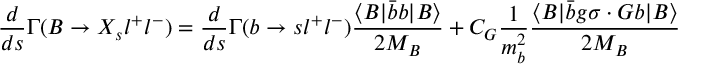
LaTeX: \frac { d } { d s } \Gamma ( B \to X _ { s } l ^ { + } l ^ { - } ) = \frac { d } { d s } \Gamma ( b \to s l ^ { + } l ^ { - } ) \frac { \langle B | \bar { b } b | B \rangle } { 2 M _ { B } } + C _ { G } \frac { 1 } { m _ { b } ^ { 2 } } \frac { \langle B | \bar { b } g \sigma \cdot G b | B \rangle } { 2 M _ { B } }